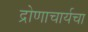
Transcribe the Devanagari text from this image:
द्रोणाचार्यचा